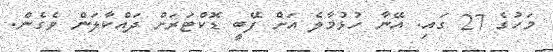
މަހުގެ 27 ގައި. އޭނާ ހުޅުމާލެ އަށް ފޭބީ ޑޮކްޓަރަށް ދައްކާލަން ވެގެން.